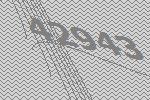
42943